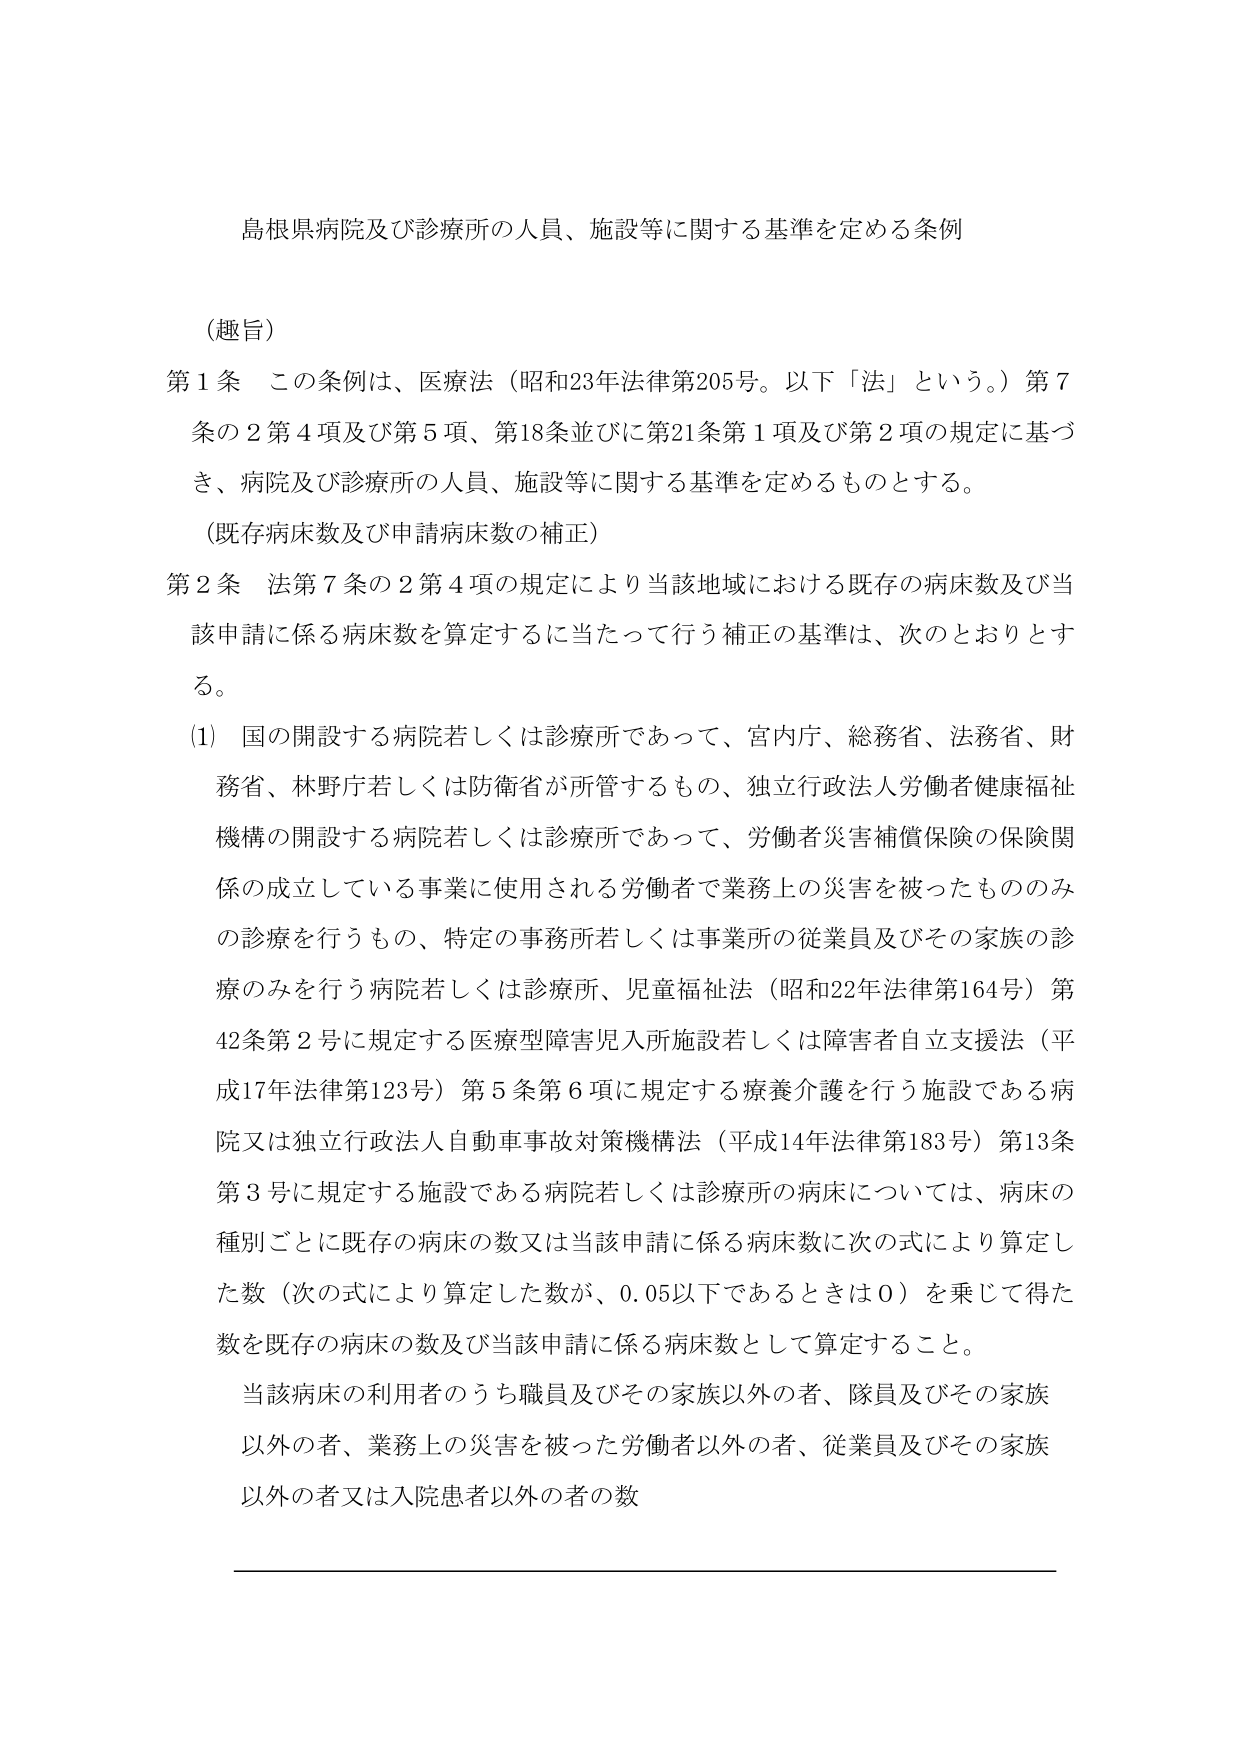
島根県病院及び診療所の人員、施設等に関する基準を定める条例

（趣旨）
第１条　この条例は、医療法（昭和23年法律第205号。以下「法」という。）第７条の２第４項及び第５項、第18条並びに第21条第１項及び第２項の規定に基づき、病院及び診療所の人員、施設等に関する基準を定めるものとする。

（既存病床数及び申請病床数の補正）
第２条　法第７条の２第４項の規定により当該地域における既存の病床数及び当該申請に係る病床数を算定するに当たって行う補正の基準は、次のとおりとする。

(1)　国の開設する病院若しくは診療所であって、宮内庁、総務省、法務省、財務省、林野庁若しくは防衛省が所管するもの、独立行政法人労働者健康福祉機構の開設する病院若しくは診療所であって、労働者災害補償保険の保険関係の成立している事業に使用される労働者で業務上の災害を被ったもののみの診療を行うもの、特定の事務所若しくは事業所の従業員及びその家族の診療のみを行う病院若しくは診療所、児童福祉法（昭和22年法律第164号）第42条第２号に規定する医療型障害児入所施設若しくは障害者自立支援法（平成17年法律第123号）第５条第６項に規定する療養介護を行う施設である病院又は独立行政法人自動車事故対策機構法（平成14年法律第183号）第13条第３号に規定する施設である病院若しくは診療所の病床については、病床の種別ごとに既存の病床の数又は当該申請に係る病床数に次の式により算定した数（次の式により算定した数が、0.05以下であるときは0）を乗じて得た数を既存の病床の数及び当該申請に係る病床数として算定すること。

当該病床の利用者のうち職員及びその家族以外の者、隊員及びその家族以外の者、業務上の災害を被った労働者以外の者、従業員及びその家族以外の者又は入院患者以外の者の数